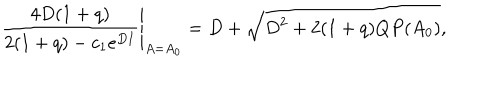
\frac { 4 D ( 1 + q ) } { 2 ( 1 + q ) - c _ { 1 } e ^ { D I } } \Bigg \vert _ { A = A _ { 0 } } = D + \sqrt { D ^ { 2 } + 2 ( 1 + q ) Q P ( A _ { 0 } ) } ,